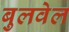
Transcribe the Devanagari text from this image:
बुलवेल